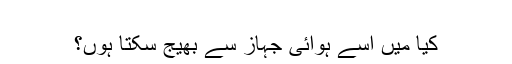
‬
‫کیا میں اسے ہوائی جہاز سے بھیج سکتا ہوں؟